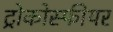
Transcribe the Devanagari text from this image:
ट्रोकोस्फीयर